Civil Veterinary Dept. Bombay admin report 1893-99 - 1893-1899
Year: 1893
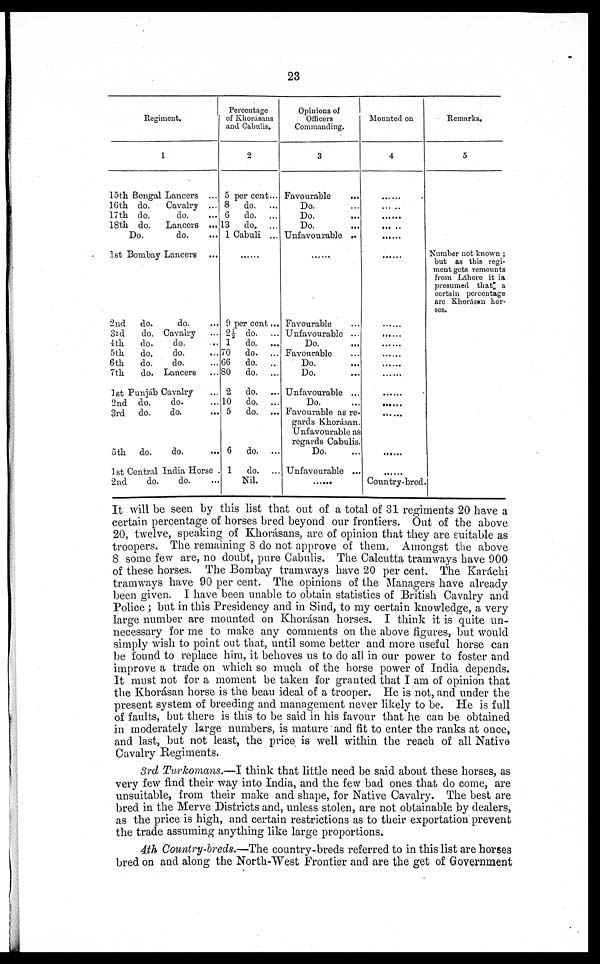
23
Regiment.
1
15th Bengal Lancers ...
16th do.
Cavalry ...
17th do.
do.
18th do.
Lancers ...
Do.
do. …
1st Bombay Lancers
...
2nd
do.
do. …
3rd
do. Cavalry …
4th
do.
do. …
5th
do.
do. …
6th
do.
do. …
7th
do. Lancers …
1st Punjáb Cavalry …
2nd do.
do. …
3rd
do.
do. …
5th
do.
do.
...
1st Central India Horse .
2nd
do.
do. …
Percentage
of Khorásans
and Cabulis.
2
5 per cent...
8
do.
...
6
do. ...
13
do. ...
1 Cabuli ...
… …
9 per cent...
2½ do. ...
1
do. ...
70
do. ...
66
do. ...
80
do. ...
2
do. ...
10
do. ...
5
do. ...
6
do. ...
1
do. ...
Nil.
Opinions of
Officers
Commanding.
3
Favourable
...
Do.
Do.
Do.
Unfavourable …
… …
Favourable …
Unfavourable …
Do ….
Favourable …
Do. …
Do. …
Unfavourable ...
Do.
Favourable as re-
gards Khorásan.
Unfavourable as
regards Cabulis.
Do. ...
Unfavourable ...
… …
Mounted on
4
… …
… … … … … …
… … … … … …
… … … … … …
… …
… …
… …
… …
… …
… …
… …
… …
… …
… …
… …
......
… …
Country-bred
Remarks.
5
Number not known ;
but as this regi-
ment gets remounts
from Lahore it ia
presumed that a
certain percentage
are Khorásan hor-
ses.
It will be seen by this list that out of a total of 31 regiments 20 have a
certain percentage of horses bred beyond our frontiers. Out of the above
20, twelve, speaking of Khonásans, are of opinion that they are suitable as
troopers. The remaining 8 do not approve of them. Amongst the above
8 some few are, no doubt, pure Cabulis. The Calcutta tramways have 900
of these horses. The Bombay tramways have 20 per cent. The Karáchi
tramways have 90 per cent. The opinions of the Managers have already
been given. I have been unable to obtain statistics of British Cavalry and
Police ; but in this Presidency and in Sind, to my certain knowledge, a very
large number are mounted on Khorásan horses. I think it is quite un-
necessary for me to make any comments on the above figures, but would
simply wish to point out that, until some better and more useful horse can
be found to replace him, it behoves us to do all in our power to foster and
improve a trade on which so much of the horse power of India depends.
It must not for a moment be taken for granted that I am of opinion that
the Khorásan horse is the beau ideal of a trooper. He is not, and under the
present system of breeding and management never likely to be. He is full
of faults, but there is this to be said in his favour that he can be obtained
in moderately large numbers, is mature and fit to enter the ranks at once,
and last, but not least, the price is well within the reach of all Native
Cavalry Regiments.
3rd Turkomans.—I think that little need be said about these horses, as
very few find their way into India, and the few bad ones that do come, are
unsuitable, from their make and shape, for Native Cavalry. The best are
bred in the Merve Districts and, unless stolen, are not obtainable by dealers,
as the price is high, and certain restrictions as to their exportation prevent
the trade assuming anything like large proportions.
4th Country-breds.—The country-breds referred to in this list are horses
bred on and along the North-West Frontier and are the get of Government